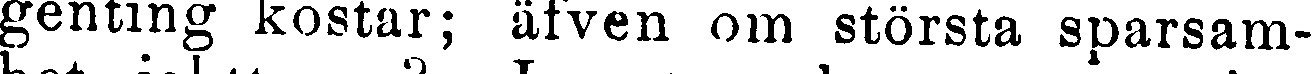
genting kostar; äfven om största sparsam-